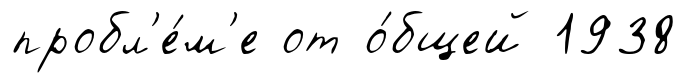
пробл'е́м'е от о́бщей 1938